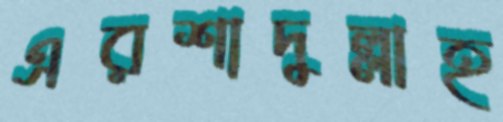
এরশাদুল্লাহ